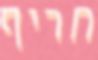
חריף